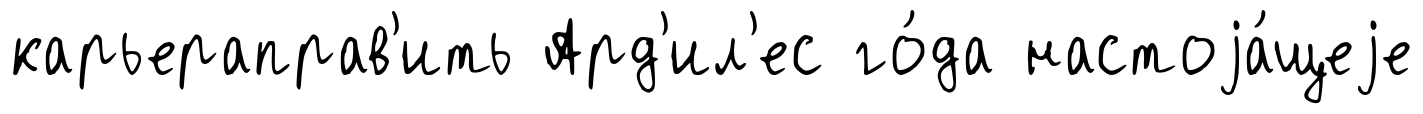
карьераправ'ить Ард'ил'ес го́да настоjа́щеjе